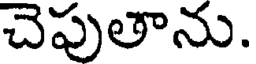
చెపుతాను.